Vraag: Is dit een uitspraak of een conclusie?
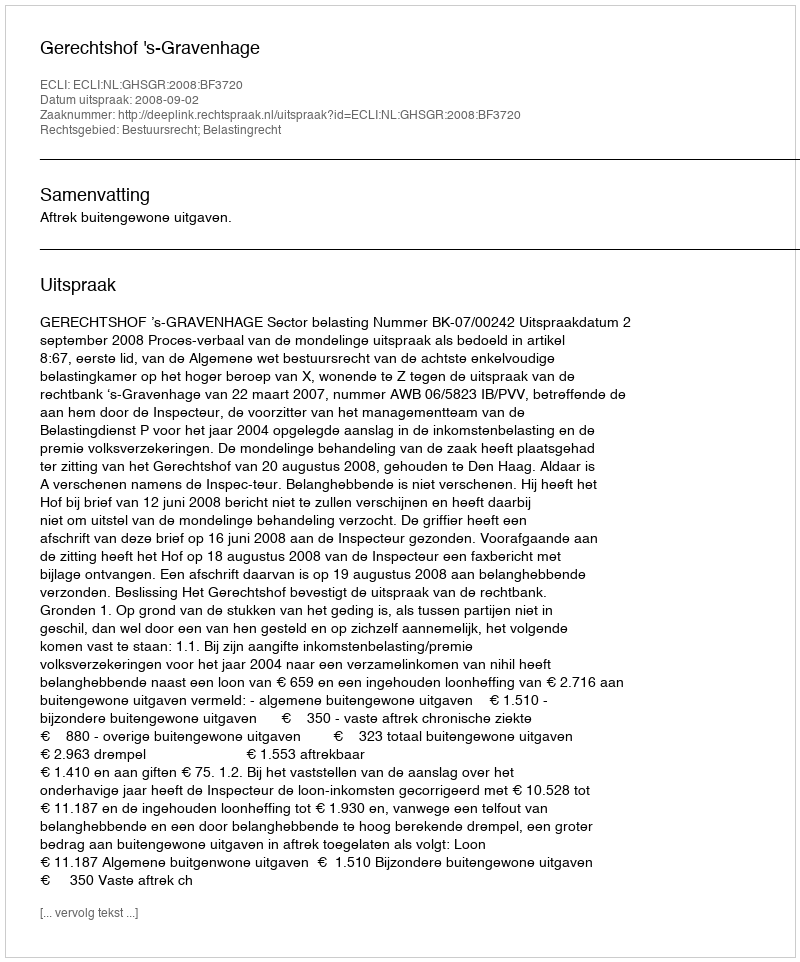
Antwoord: Uitspraak